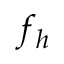
f _ { h }